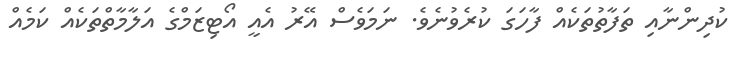
ކުދިންނާއި ތަފާތުތަކެއް ފާހަގަ ކުރެވުނެވެ. ނަމަވެސް އޭރު އެއީ އޯޓިޒަމްގެ އަލާމާތްތަކެއް ކަމެއް